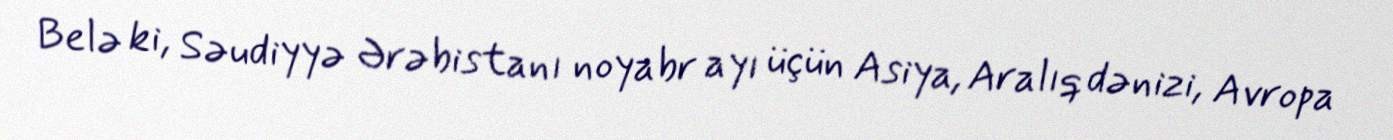
Belə ki, Səudiyyə Ərəbistanı noyabr ayı üçün Asiya, Aralıq dənizi, Avropa